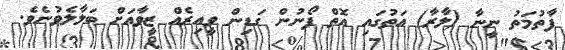
ފާތުމަތު ނީނާ (ލާރާ) އަތުގައި އޮތް ފޯނުން ގަޑިން ވީއިރެއް ޒީވާއަށް ބަލާލެވުނެވެ.